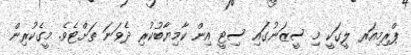
ޕްރިމިއަރ ލީގަކީ މި ސީޒަނުގައި ސިޓީ އިން ކާމިޔާބުކުރި ދެވަނަ ތަށްޓެވެ. މީގެކުރިން